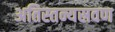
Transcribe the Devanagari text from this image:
अतिस्तन्यस्रवण